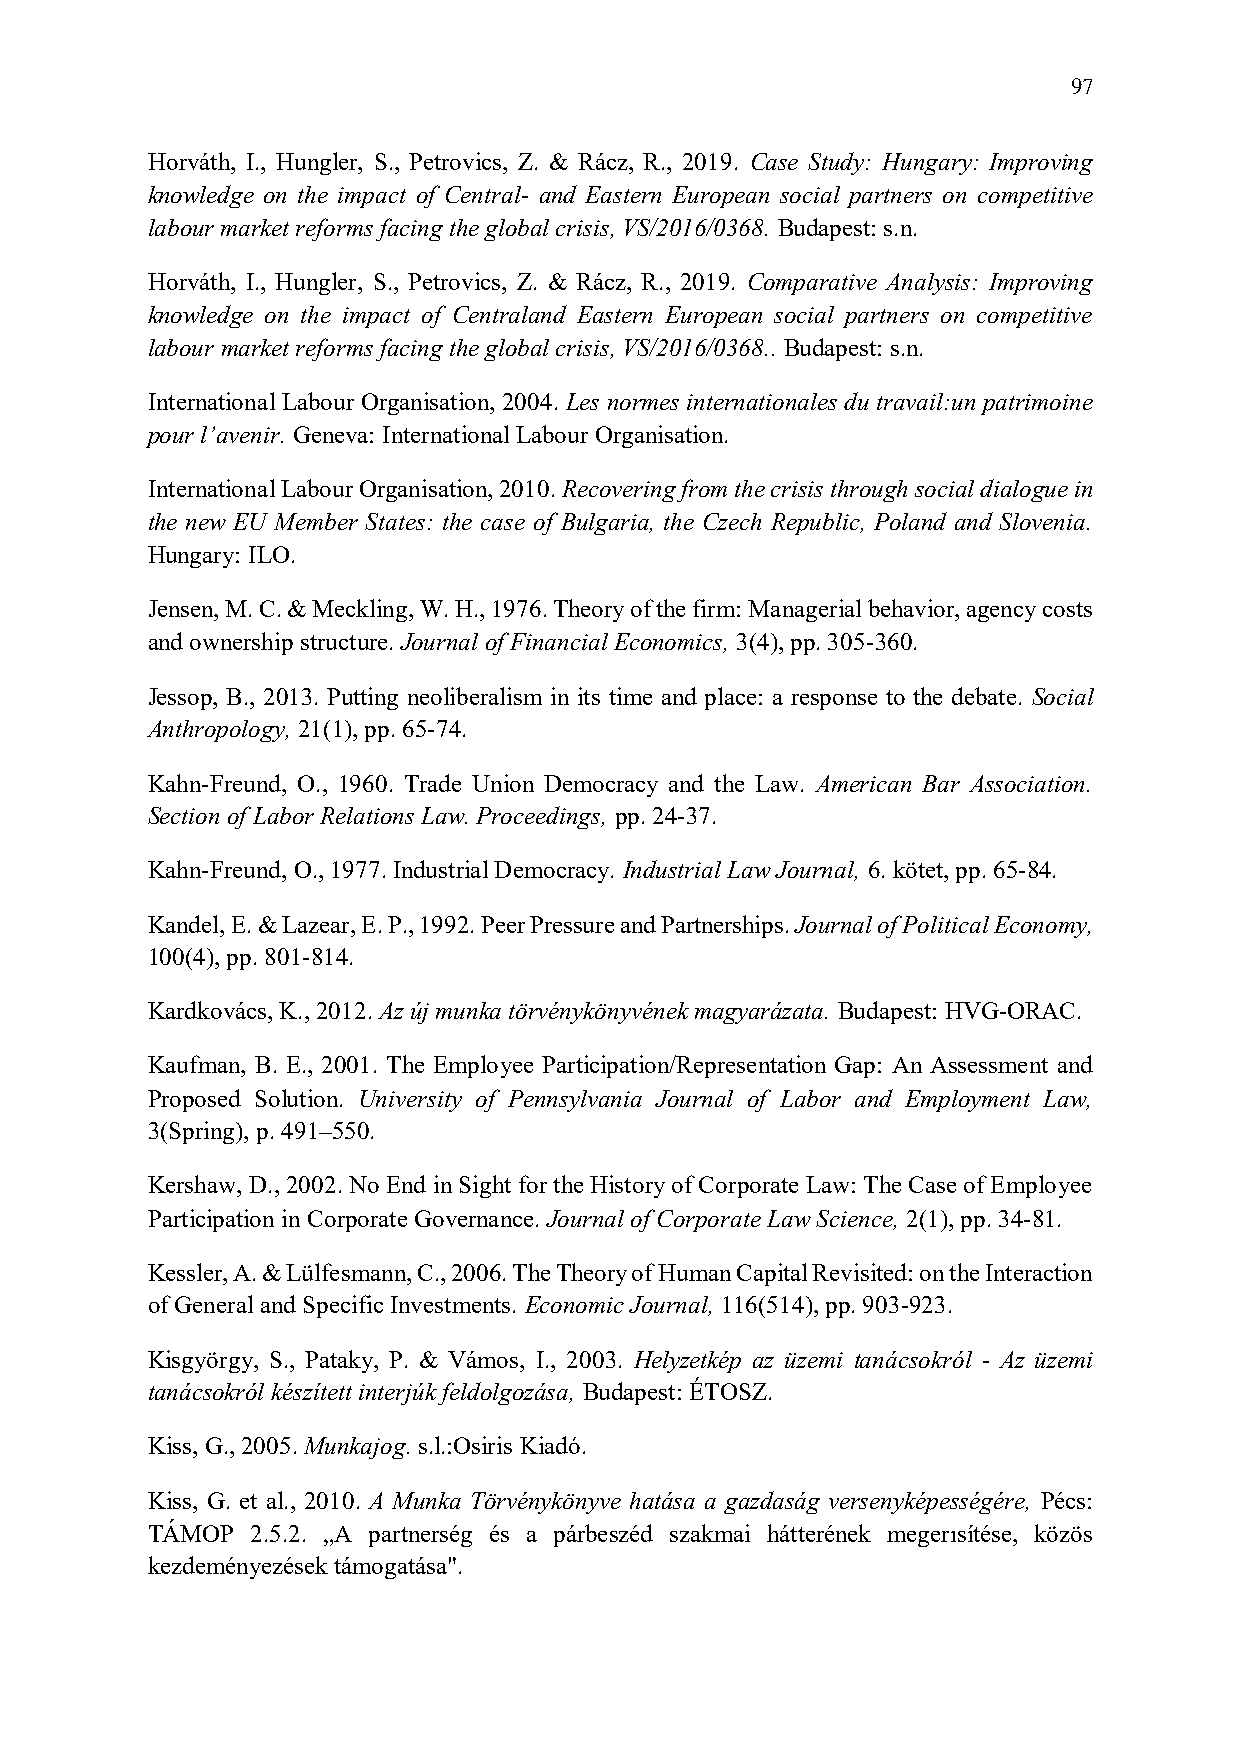
97
 Horváth, I., Hungler, S., Petrovics, Z. & Rácz, R., 2019. Case Study: Hungary: Improving
 knowledge on the impact of Central- and Eastern European social partners on competitive
 labour market reforms facing the global crisis, VS/2016/0368. Budapest: s.n.
 Horváth, I., Hungler, S., Petrovics, Z. & Rácz, R., 2019. Comparative Analysis: Improving
 knowledge on the impact of Centraland Eastern European social partners on competitive
 labour market reforms facing the global crisis, VS/2016/0368.. Budapest: s.n.
 International Labour Organisation, 2004. Les normes internationales du travail:un patrimoine
 pour l’avenir. Geneva: International Labour Organisation.
 International Labour Organisation, 2010. Recovering from the crisis through social dialogue in
 the new EU Member States: the case of Bulgaria, the Czech Republic, Poland and Slovenia.
 Hungary: ILO.
 Jensen, M. C. & Meckling, W. H., 1976. Theory of the firm: Managerial behavior, agency costs
 and ownership structure. Journal of Financial Economics, 3(4), pp. 305-360.
 Jessop, B., 2013. Putting neoliberalism in its time and place: a response to the debate. Social
 Anthropology, 21(1), pp. 65-74.
 Kahn-Freund, O., 1960. Trade Union Democracy and the Law. American Bar Association.
 Section of Labor Relations Law. Proceedings, pp. 24-37.
 Kahn-Freund, O., 1977. Industrial Democracy. Industrial Law Journal, 6. kötet, pp. 65-84.
 Kandel, E. & Lazear, E. P., 1992. Peer Pressure and Partnerships. Journal of Political Economy,
 100(4), pp. 801-814.
 Kardkovács, K., 2012. Az új munka törvénykönyvének magyarázata. Budapest: HVG-ORAC.
 Kaufman, B. E., 2001. The Employee Participation/Representation Gap: An Assessment and
 Proposed Solution. University of Pennsylvania Journal of Labor and Employment Law,
 3(Spring), p. 491–550.
 Kershaw, D., 2002. No End in Sight for the History of Corporate Law: The Case of Employee
 Participation in Corporate Governance. Journal of Corporate Law Science, 2(1), pp. 34-81.
 Kessler, A. & Lülfesmann, C., 2006. The Theory of Human Capital Revisited: on the Interaction
 of General and Specific Investments. Economic Journal, 116(514), pp. 903-923.
 Kisgyörgy, S., Pataky, P. & Vámos, I., 2003. Helyzetkép az üzemi tanácsokról - Az üzemi
 tanácsokról készített interjúk feldolgozása, Budapest: ÉTOSZ.
 Kiss, G., 2005. Munkajog. s.l.:Osiris Kiadó.
 Kiss, G. et al., 2010. A Munka Törvénykönyve hatása a gazdaság versenyképességére, Pécs:
 TÁMOP  2.5.2. „A partnerség és a párbeszéd szakmai hátterének megerısítése, közös
 kezdeményezések támogatása".